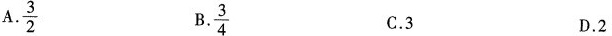
A.\frac{3}{2} B.\frac{3}{4} C.3 D.2